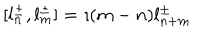
[ l _ { n } ^ { \pm } , l _ { m } ^ { \pm } ] = \imath ( m - n ) l _ { n + m } ^ { \pm } ~ ~